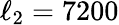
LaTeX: \ell_{2}=7200